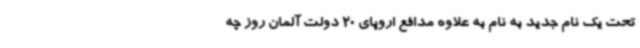
تحت یک نام جدید به نام به علاوه مدافع اروپای 20 دولت آلمان روز چه